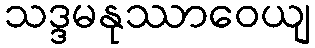
သဒ္ဒမနုဿာဝေယျ